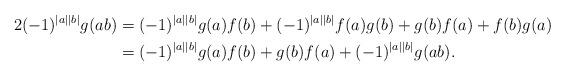
LaTeX: \begin{align*}2(-1)^{|a||b|}g(ab)&=(-1)^{|a||b|}g(a)f(b)+(-1)^{|a||b|}f(a)g(b)+g(b)f(a)+f(b)g(a)\\&=(-1)^{|a||b|}g(a)f(b)+g(b)f(a)+(-1)^{|a||b|}g(ab).\end{align*}